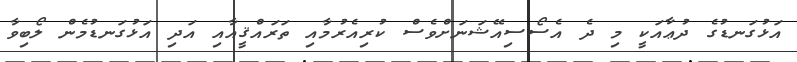
އަޅުގަނޑުގެ ދުޢާއަކީ މި ދެ އެސޯސިއޭޝަނަށްވެސް ކުރިއެރުމާއި ތަރައްޤީއާއި އަދި އަޅުގަނޑުމެން ލޯބިވާ